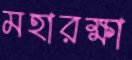
মহারক্ষা